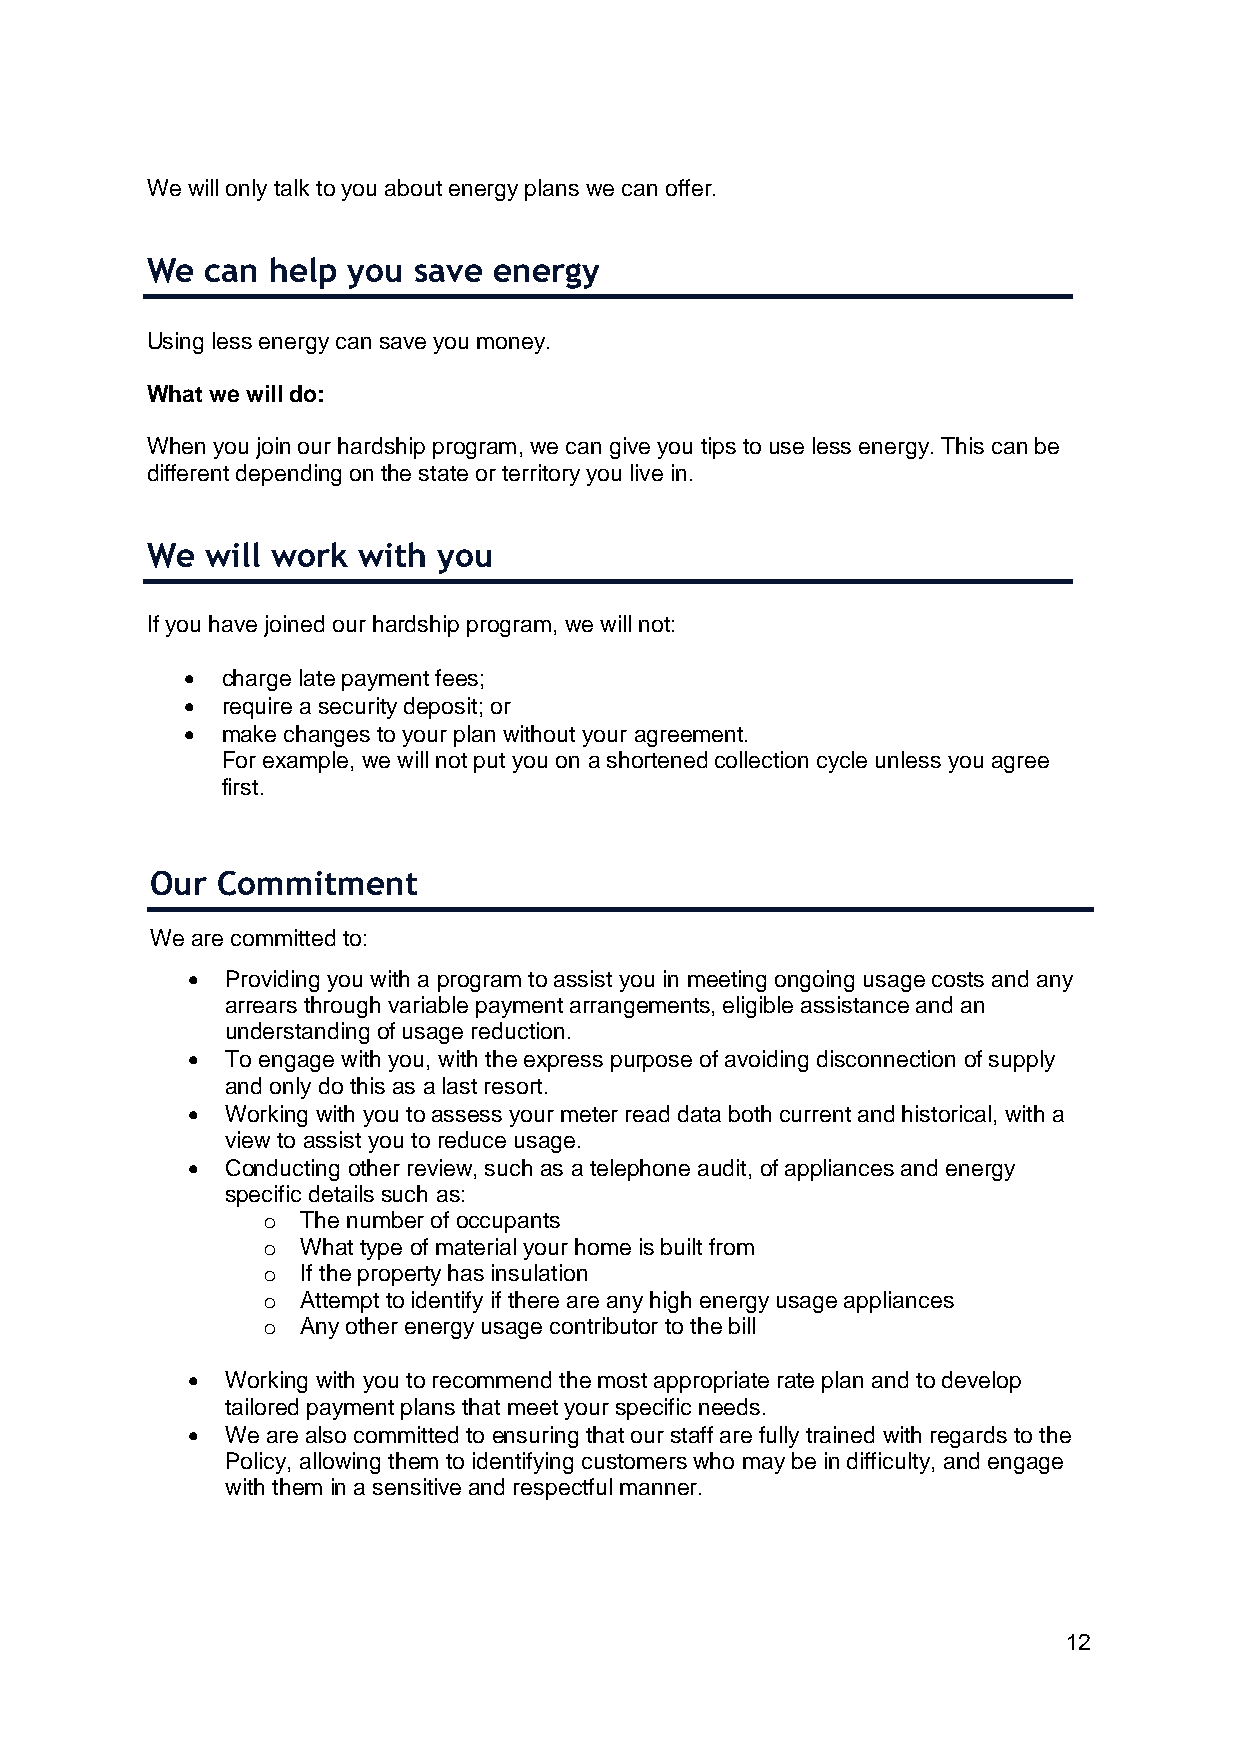
We will only talk to you about energy plans we can offer.
 We  can help you save  energy
 Using less energy can save you money.
 What we will do:
 When you join our hardship program, we can give you tips to use less energy. This can be
 different depending on the state or territory you live in.
 We  will work with you
 If you have joined our hardship program, we will not:
 •  charge late payment fees;
 •  require a security deposit; or
 •  make changes to your plan without your agreement.
 For example, we will not put you on a shortened collection cycle unless you agree
 first.
 Our Commitment
 We are committed to:
 •  Providing you with a program to assist you in meeting ongoing usage costs and any
 arrears through variable payment arrangements, eligible assistance and an
 understanding of usage reduction.
 •  To engage with you, with the express purpose of avoiding disconnection of supply
 and only do this as a last resort.
 •  Working with you to assess your meter read data both current and historical, with a
 view to assist you to reduce usage.
 •  Conducting other review, such as a telephone audit, of appliances and energy
 specific details such as:
 o  The number of occupants
 o  What type of material your home is built from
 o  If the property has insulation
 o  Attempt to identify if there are any high energy usage appliances
 o  Any other energy usage contributor to the bill
 •  Working with you to recommend the most appropriate rate plan and to develop
 tailored payment plans that meet your specific needs.
 •  We are also committed to ensuring that our staff are fully trained with regards to the
 Policy, allowing them to identifying customers who may be in difficulty, and engage
 with them in a sensitive and respectful manner.
 12